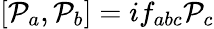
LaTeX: [{\cal P}_{a},{\cal P}_{b}]=if_{abc}{\cal P}_{c}